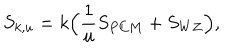
LaTeX: S _ { k , u } = k \Big ( { \frac { 1 } { u } } S _ { P C M } + S _ { W Z } \Big ) ,